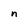
Character: n